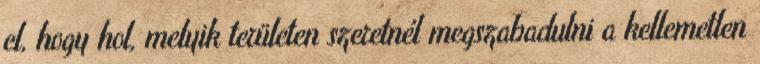
el, hogy hol, melyik területen szeretnél megszabadulni a kellemetlen